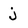
Character: j